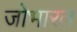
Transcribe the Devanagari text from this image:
जोभारत